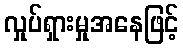
လှုပ်ရှားမှုအနေဖြင့်